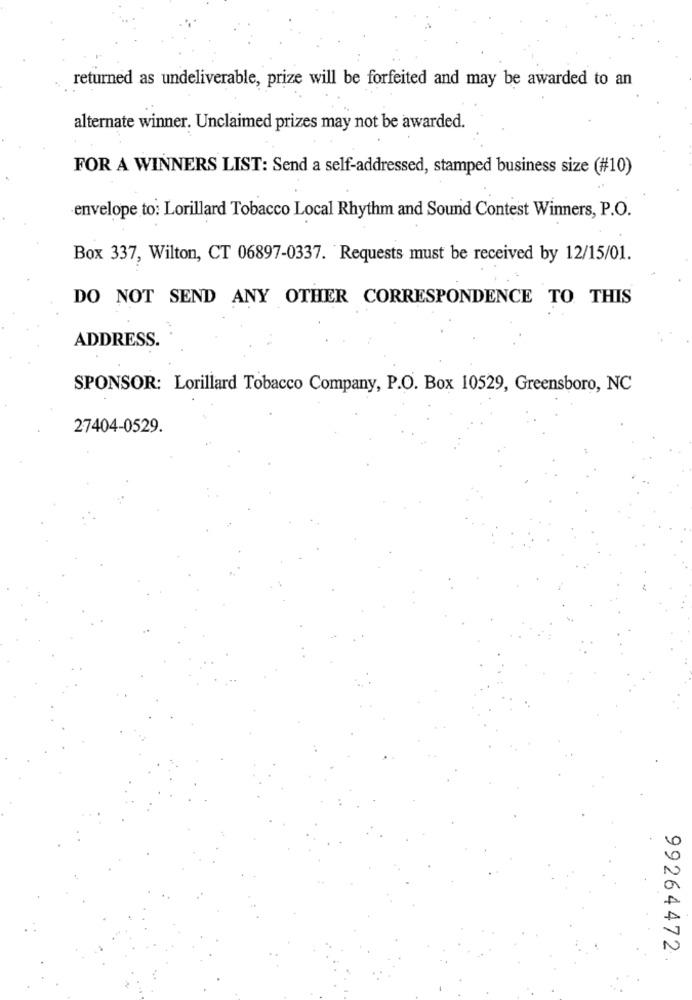
returned as undeliverable, prize will be forfeited and may be awarded to an
alternate winner. Unclaimed prizes may not be awarded.
FOR A WINNERS LIST: Send a self-addressed, stamped business size (#10)
envelope to: Lorillard Tobacco Local Rhythm and Sound Contest Winners, P.O.
Box 337, Wilton, CT 06897-0337. Requests must be received by 12/15/01.
DO NOT SEND ANY OTHER CORRESPONDENCE TO THIS
ADDRESS.
SPONSOR: Lorillard Tobacco Company, P.O. Box 10529, Greensboro, NC
27404-0529.
99264472